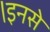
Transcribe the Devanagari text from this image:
।इनसे